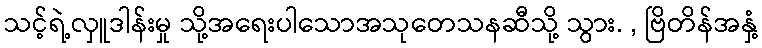
သင့်ရဲ့လှူဒါန်းမှု သို့အရေးပါသောအသုတေသနဆီသို့ သွား. , ဗြိတိန်အနှံ့